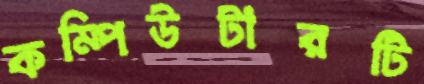
কম্পিউটারটি